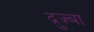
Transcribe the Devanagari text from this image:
द्रुज़्बा